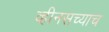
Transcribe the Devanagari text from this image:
व्हीनसच्याच